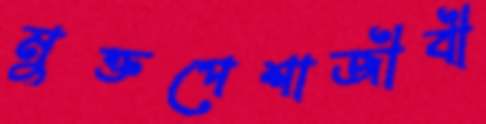
মুক্তপেশাজীবী